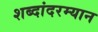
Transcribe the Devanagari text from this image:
शब्दांदरम्यान